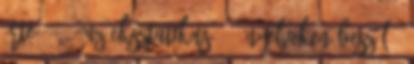
érte . . . Az eksztatikus -- "nyelveken beszélő"